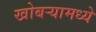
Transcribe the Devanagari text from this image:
खोबऱ्यामध्ये